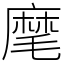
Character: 麾